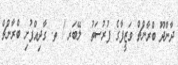
ދާންދޫ ބްރާންޗް ވަޒީފާގެ ފުރުސަތު  ލޭބަރ / ތ. ގާދިއްފުށި ބްރާންޗް